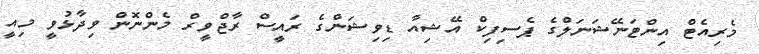
މެރިއެޓް އިންޓަނޭޝަނަލްގެ ޕެސިފިކް އޭޝިއާ ޑިވިޝަންގެ ރައީސް ރާޖްވީރް މެންނޮން ވިދާޅުވީ މިއީ